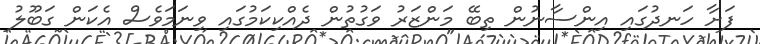
ފަށާ ހަނދުގައި އިންސާނުން ތިބޭ މަންޒަރު ވަގުތުން ދެއްކިކަމުގައި ވިނަމަވެސް އެކަން ގަބޫލު